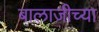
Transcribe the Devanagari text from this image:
बालाजीच्या